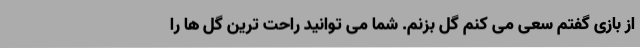
از بازی گفتم سعی می کنم گل بزنم. شما می توانید راحت ترین گل ها را